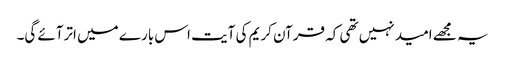
یہ مجھے امید نہیں تھی کہ قرآن کریم کی آیت اس بارے میں اترآئے گی۔